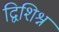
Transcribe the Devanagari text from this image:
द्विशिश्न